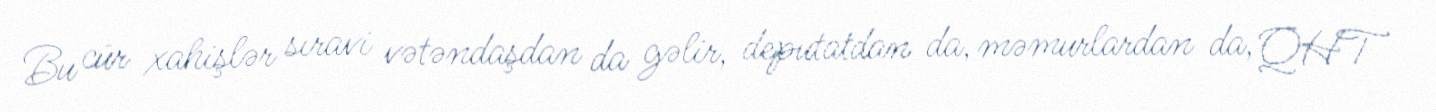
Bu cür xahişlər sıravi vətəndaşdan da gəlir, deputatdan da, məmurlardan da, QHT